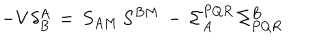
- { \cal V } \, \delta _ { B } ^ { A } \, = \, S _ { A M } \, S ^ { B M } \, - \, \Sigma _ { A } ^ { P Q R } \, \Sigma _ { P Q R } ^ { B }